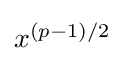
{\textstyle x^{(p-1)/2}}